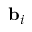
{ \bf b } _ { i }